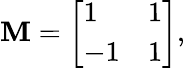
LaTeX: \mathbf{M}={\left[\begin{array}{ll}{1}&{1}\\ {-1}&{1}\end{array}\right]},